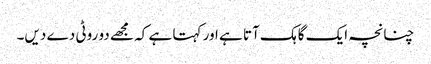
چنانچہ ایک گاہک آتا ہے اور کہتا ہے کہ مجھے دو روٹی دے دیں۔